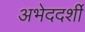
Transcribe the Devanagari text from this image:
अभेददर्शी